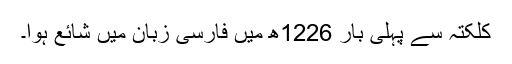
کلکتہ سے پہلی بار 1226ھ میں فارسی زبان میں شائع ہوا۔